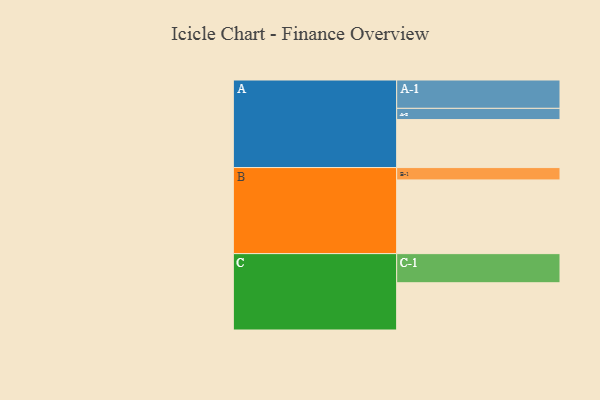
{"axis": {"x": "Segment", "y": "Value"}, "legend": ["", "A", "B", "C"], "data": [{"x": "A", "y": 381, "type": ""}, {"x": "B", "y": 585, "type": ""}, {"x": "C", "y": 375, "type": ""}, {"x": "A-1", "y": 225, "type": "A"}, {"x": "A-2", "y": 89, "type": "A"}, {"x": "B-1", "y": 98, "type": "B"}, {"x": "C-1", "y": 231, "type": "C"}]}